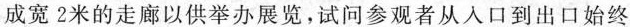
成宽2米的走廊以供举办展览，试问参观者从人口到出口始终